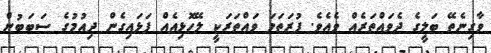
ވާގިނެތޭ ބަލީގެ ދެވައްތަރެއް ވެއެވެ. ފުރަތަމަ ވައްތަރަކީ ލޭހޮޅިއެއް ފަޅައިގެން ދިއުމުގެ ސަބަބުން